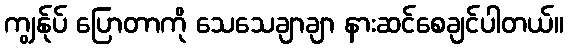
ကျွန်ုပ် ပြောတာကို သေသေချာချာ နားဆင်စေချင်ပါတယ်။